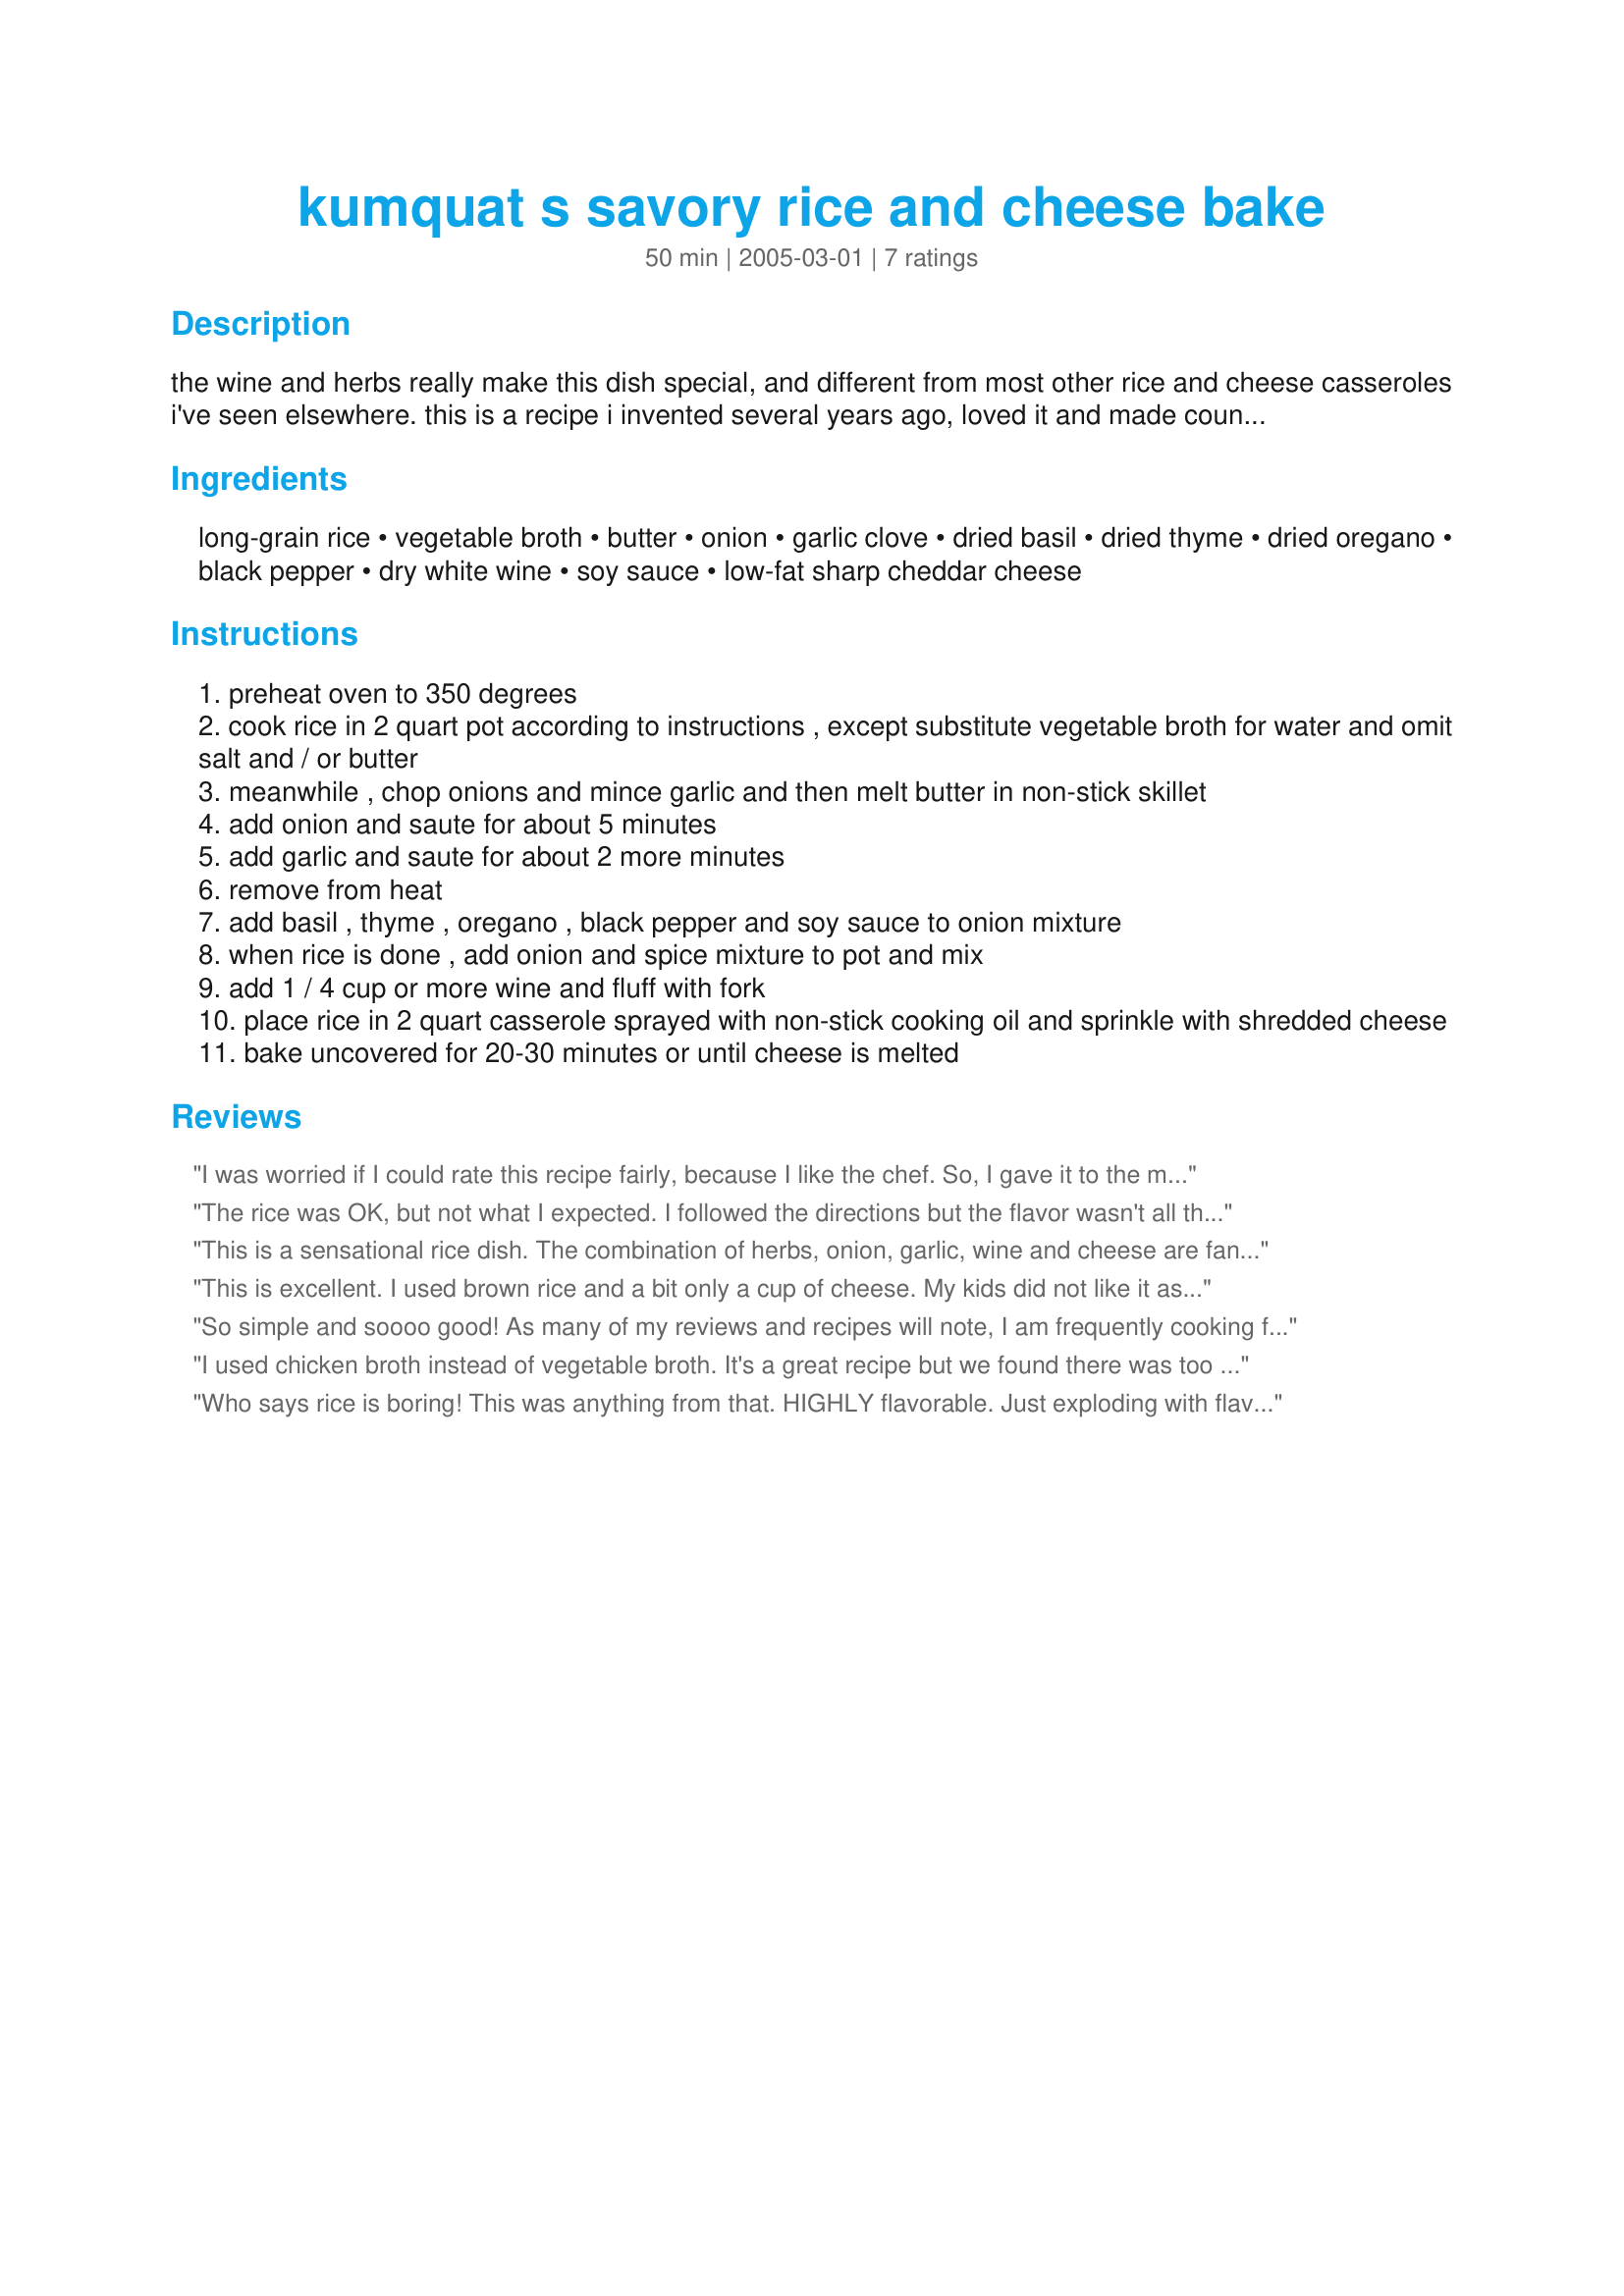
kumquat s savory rice and cheese bake
Preparation time: 50 minutes

the wine and herbs really make this dish special, and different from most other rice and cheese casseroles i've seen elsewhere. this is a recipe i invented several years ago, loved it and made countless times and have only changed it occasionally by adding cooked chopped broccoli or chopped fresh tomatoes. you could try adding other types of vegetables, cooked or not according to judgment. it makes a great side dish or vegetarian main course. if you have leftover rice, i recommend only using if made with broth.

Ingredients:
long-grain rice, vegetable broth, butter, onion, garlic clove, dried basil, dried thyme, dried oregano, black pepper, dry white wine, soy sauce, low-fat sharp cheddar cheese

Steps:
preheat oven to 350 degrees
cook rice in 2 quart pot according to instructions , except substitute vegetable broth for water and omit salt and / or butter
meanwhile , chop onions and mince garlic and then melt butter in non-stick skillet
add onion and saute for about 5 minutes
add garlic and saute for about 2 more minutes
remove from heat
add basil , thyme , oregano , black pepper and soy sauce to onion mixture
when rice is done , add onion and spice mixture to pot and mix
add 1 / 4 cup or more wine and fluff with fork
place rice in 2 quart casserole sprayed with non-stick cooking oil and sprinkle with shredded cheese
bake uncovered for 20-30 minutes or until cheese is melted

Reviews:
I was worried if I could rate this recipe fairly, because I like the chef. So, I gave it to the mercy of Mr. B.
Like Happy Mom, I used brown rice.
I cut back severely on the pepper, because Mr B wouldn't have liked it. I forgot to cook the rice in vegetable broth, so I threw in some Rapunzel veggie bullion and that went fine.
I liked the idea of mixing some of the cheese into the rice, and some on top, so I did that, and used about 2 cups total for the doubled recipe. It was plenty for us.
This was a very flavorful recipe. Mr. B. cleaned his plate. Grandma B. cleaned her plate. The verdict? Thumbs up!
Thanks!
The rice was OK, but not what I expected. I followed the directions but the flavor wasn't all that great to me. It may be just personal taste - I have to admit the ingredients and all sure looked good, it just didn't turn out as well as I thought it would.
This is a sensational rice dish. The combination of herbs, onion, garlic, wine and cheese are fantastic. I used a Chardeney wine. I also mixed a little cheese with the rice and then topped the remainder of rice with the cheese. YumYumYum. 
Next time I will double the recipe. We didn't have any left. Thanks so much for sharing.
This is excellent. I used brown rice and a bit only a cup of cheese. My kids did not like it as much so if you are serving to children you might want to cut back on the herbs and pepper.
So simple and soooo good! As many of my reviews and recipes will note, I am frequently cooking for Just One, although The Beau is here to cook for on weekends... or to steal my leftovers just when I think he won't like something and I've planned on it for a meal, LOL. I ate this as a main dish and I'll be lucky if this lasts me until tomorrow night's dinner. I pulled it together in a slightly odd way, but it saved some dishwashing and it turned out grand. I started the rice and broth in my rice cooker, adding the chopped onion and garlic to cook along with it. I also added some chopped celery as I was trying to get rid of some, plus a handful of fresh mince parsley that I was also trying to find a good home for before it went South. When it was finished, I stirred in all the seasonings, right into the rice cooker pot, and stirred thoroughly. Then I added the white wine (I used a local chenin blanc and I thought it might not be quite dry enough but it turned out perfect!) and the soy sauce (I'm wondering next time how Worcestershire might be? Kumquat might not partake of such condiments, and rightfully so). Based on an earlier review, I too, added a handful of shredded cheese to the rice mixture. Into a casserole and the rest of the cheese on top! Great recipe with great potential for experimentation and I loved it for a main dish. Thanks Kumquat's friend!
I used chicken broth instead of vegetable broth. It's a great recipe but we found there was too much spices. Next time I'll use less. DS didn't like it because of that. Thanks Kumquat :) Made for Cookbook tag game
Who says rice is boring! This was anything from that. HIGHLY flavorable. Just exploding with flavor.
Thank You KCF!
